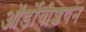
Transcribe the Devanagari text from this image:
ऑर्डोवीशयन